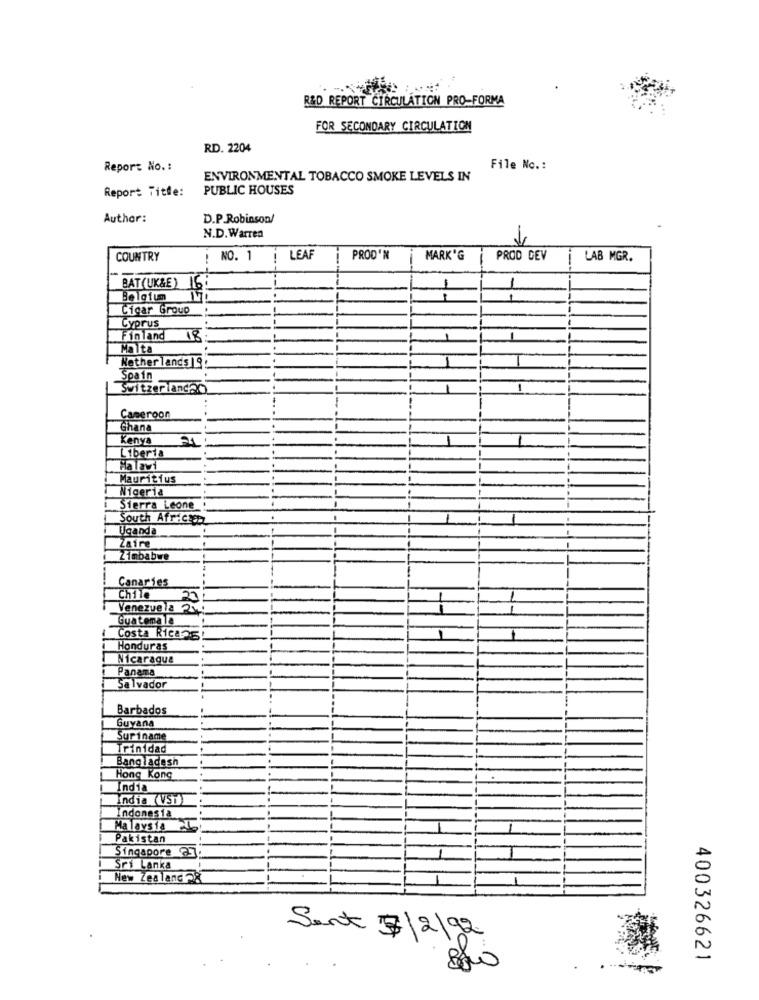
R&D REPORT CIRCULATION PRO-FORMA
FOR SECONDARY CIRCULATION
RD. 2204
Report No .:
File No .:
ENVIRONMENTAL TOBACCO SMOKE LEVELS IN
PUBLIC HOUSES
Report Title:
Author:
D.P.Robinson/
N.D.Warren
COUNTRY
NO. 1
! LEAF
PROD'N
MARK'G
PROD DEV
LAB MGR.
BAT(UK&E) 16
Belgium
--
Cicar Group
Cyprus
Finland
18
Malta
Nether lands 19:
Spain
Switzerlanda
1
Cameroon
Ghana
Kenya
21
Liberta
Ha lawi
Mauritius
Nigeria
Sierra Leone
South African
Uganda
Zaire
Zimbabwe
Canaries
Chile
Venezuela 2
Guatemala
Costa Ricans
Honduras
Nicaragua
Panama
Salvador
Barbados
Guyana
Suriname
Trinidad
Bangladesh
Hong Kong
India
India (VST)
Indonesia
Malaysia
Pakistan
Singapore 23
Sri Lanka
New Zealand 28
Sent 7/2/92
400326621
800